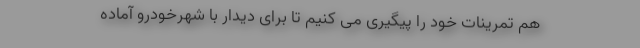
هم تمرینات خود را پیگیری می ‌کنیم تا برای دیدار با شهرخودرو آماده